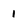
Character: 1